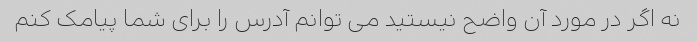
نه اگر در مورد آن واضح نیستید می توانم آدرس را برای شما پیامک کنم